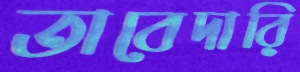
তাবেদারি